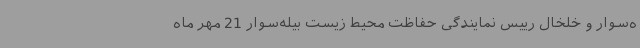
ه‌سوار و خلخال رییس نمایندگی حفاظت محیط زیست بیله‌سوار 21 مهر ماه